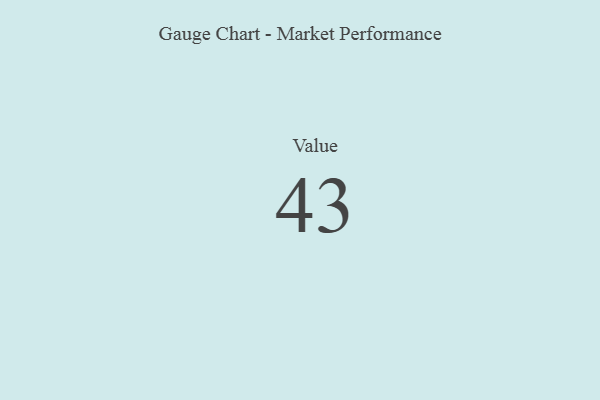
{"axis": {"x": "Metric", "y": "Value"}, "legend": [""], "data": [{"x": "Value", "y": 43, "type": ""}]}